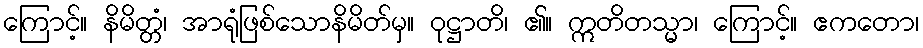
ကြောင့်။ နိမိတ္တံ၊ အာရုံဖြစ်သောနိမိတ်မှ။ ဝုဋ္ဌာတိ၊ ၏။ ဣတိတသ္မာ၊ ကြောင့်။ ဧကတော၊